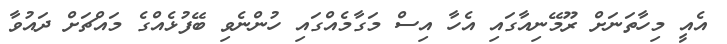
އެއީ މިހާތަނަށް ރޫމޭނިއާގައި އެހާ އިސް މަގާމެއްގައި ހުންނެވި ބޭފުޅެއްގެ މައްޗަށް ދައުވާ